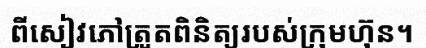
ពីសៀវភៅត្រួតពិនិត្យរបស់ក្រុមហ៊ុន។